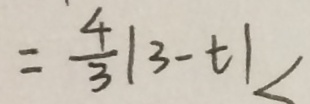
= \frac { 4 } { 3 } \vert 3 - t \vert <